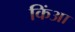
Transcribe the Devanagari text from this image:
किंआ